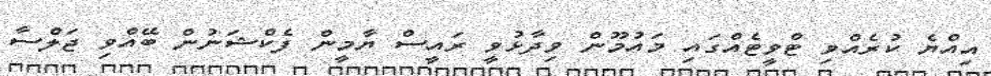
އިއްޔެ ކުރެއްވި ޓްވީޓެއްގައި މައުމޫން ވިދާޅުވީ ރައީސް ޔާމީން ފެކްޝަނުން ބޭއްވި ޖަލްސާ